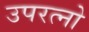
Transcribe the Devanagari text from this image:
उपरत्नो